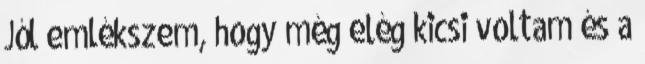
Jól emlékszem, hogy még elég kicsi voltam és a